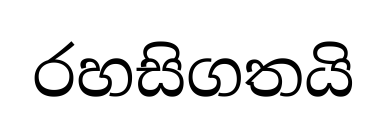
රහසිගතයි